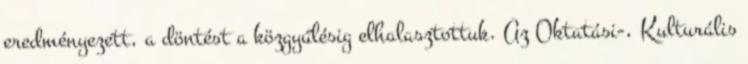
eredményezett, a döntést a közgyűlésig elhalasztottuk. Az Oktatási-, Kulturális